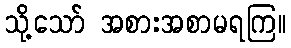
သို့သော် အစားအစာမရကြ။